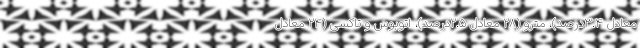
معادل ۳.۴درصد)، مترو (۲۸ معادل ۲.۵درصد)، اتوبوس و تاکسی (۲۴ معادل